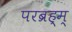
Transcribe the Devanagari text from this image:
परब्रह्म्